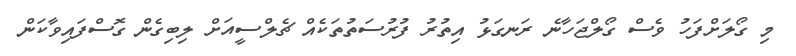
މި ގޯލަށްފަހު ވެސް ގޯލްޖަހާނެ ރަނގަޅު އިތުރު ފުރުސަތުތަކެއް ޗެލްސީއަށް ލިބިގެން ގޮސްފައިވާކަން